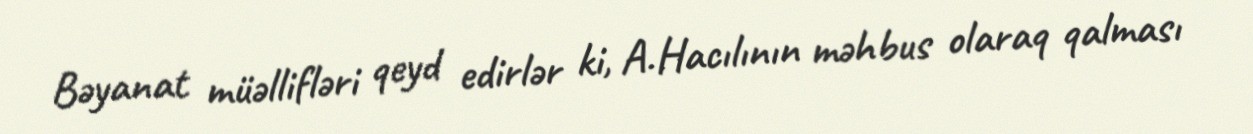
Bəyanat müəllifləri qeyd edirlər ki, A.Hacılının məhbus olaraq qalması